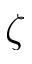
\zeta